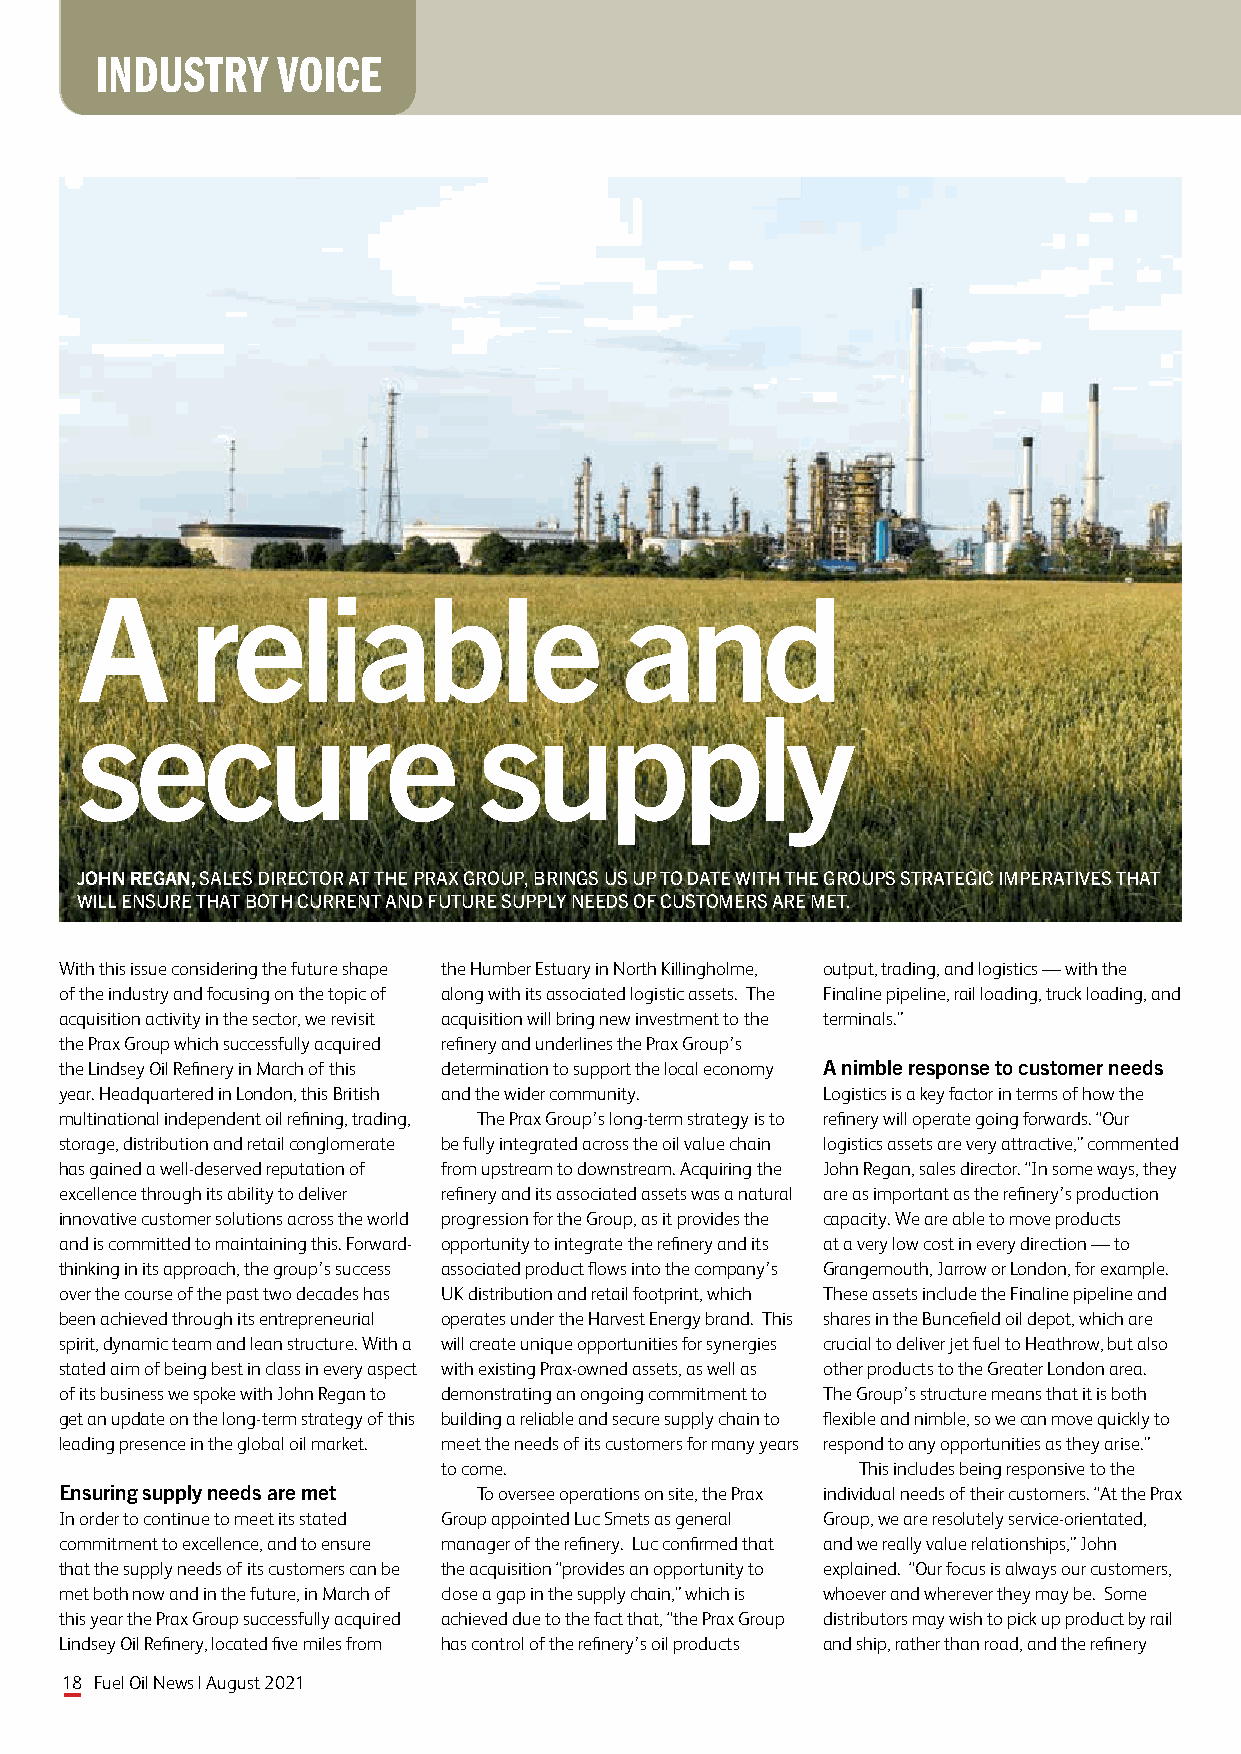
INDUSTRY    VOICE
 A      reliable                     and
 secure                     supply
 JOHN REGAN, SALES DIRECTOR AT THE PRAX GROUP, BRINGS US UP TO DATE WITH THE GROUPS STRATEGIC IMPERATIVES THAT
 WILL ENSURE THAT BOTH CURRENT AND FUTURE SUPPLY NEEDS OF CUSTOMERS ARE MET.
 With this issue considering the future shape the Humber Estuary in North Killingholme, output, trading, and logistics — with the
 of the industry and focusing on the topic of along with its associated logistic assets. The Finaline pipeline, rail loading, truck loading, and
 acquisition activity in the sector, we revisit acquisition will bring new investment to the terminals.”
 the Prax Group which successfully acquired refinery and underlines the Prax Group’s
 the Lindsey Oil Refinery in March of this determination to support the local economy A nimble response to customer needs
 year. Headquartered in London, this British and the wider community. Logistics is a key factor in terms of how the
 multinational independent oil refining, trading, The Prax Group’s long-term strategy is to refinery will operate going forwards. “Our
 storage, distribution and retail conglomerate be fully integrated across the oil value chain logistics assets are very attractive,” commented
 has gained a well-deserved reputation of from upstream to downstream. Acquiring the John Regan, sales director. “In some ways, they
 excellence through its ability to deliver refinery and its associated assets was a natural are as important as the refinery’s production
 innovative customer solutions across the world progression for the Group, as it provides the capacity. We are able to move products
 and is committed to maintaining this. Forward- opportunity to integrate the refinery and its at a very low cost in every direction — to
 thinking in its approach, the group’s success associated product flows into the company’s Grangemouth, Jarrow or London, for example.
 over the course of the past two decades has UK distribution and retail footprint, which These assets include the Finaline pipeline and
 been achieved through its entrepreneurial operates under the Harvest Energy brand. This shares in the Buncefield oil depot, which are
 spirit, dynamic team and lean structure. With a will create unique opportunities for synergies crucial to deliver jet fuel to Heathrow, but also
 stated aim of being best in class in every aspect with existing Prax-owned assets, as well as other products to the Greater London area.
 of its business we spoke with John Regan to demonstrating an ongoing commitment to The Group’s structure means that it is both
 get an update on the long-term strategy of this building a reliable and secure supply chain to flexible and nimble, so we can move quickly to
 leading presence in the global oil market. meet the needs of its customers for many years respond to any opportunities as they arise.”
 to come.                    This includes being responsive to the
 Ensuring supply needs are met To oversee operations on site, the Prax individual needs of their customers. “At the Prax
 In order to continue to meet its stated Group appointed Luc Smets as general Group, we are resolutely service-orientated,
 commitment to excellence, and to ensure manager of the refinery. Luc confirmed that and we really value relationships,” John
 that the supply needs of its customers can be the acquisition “provides an opportunity to explained. “Our focus is always our customers,
 met both now and in the future, in March of close a gap in the supply chain,” which is whoever and wherever they may be. Some
 this year the Prax Group successfully acquired achieved due to the fact that, “the Prax Group distributors may wish to pick up product by rail
 Lindsey Oil Refinery, located five miles from has control of the refinery’s oil products and ship, rather than road, and the refinery
 18 Fuel Oil News | August 2021